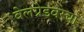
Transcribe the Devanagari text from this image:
बेलग्रेडवरचा